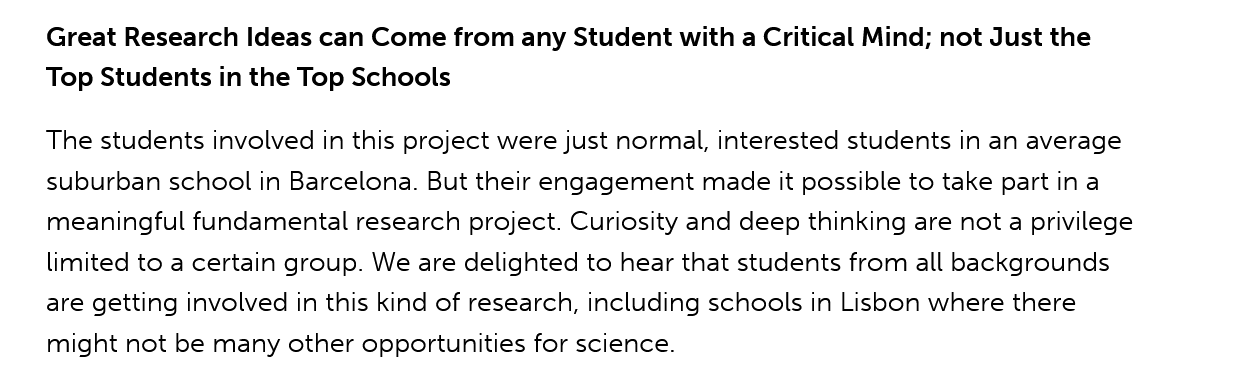
Great Research Ideas can Come from any Student with a Critical Mind; not Just the
    Top Students in the Top Schools
    ‘The students involved in this project were just normal, interested students In an average
    suburban school in Barcelona. But their engagement made it possible to take part ina
    meaningful fundamental research project. Curiosity and deep thinking are not a privilege
    limited to a certain group. We are delighted to hear that students from all backgrounds
    are getting involved in this kind of research, including schools in Lisbon where there
    might not be many other opportunities for science.